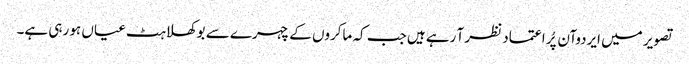
تصویر میں ایردوآن پُر اعتماد نظر آ رہے ہیں جب کہ ماکروں کے چہرے سے بوکھلاہٹ عیاں ہو رہی ہے۔